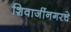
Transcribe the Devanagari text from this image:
शिवाजींनगरचे